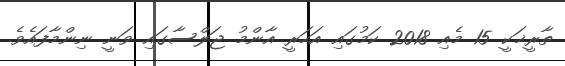
ތާރީޚަކީ 15 މެއި 2018 ކަމުގައި އަހަރީ އާންމު ޖަލްސާގައި ވަނީ ނިންމާފައެވެ.